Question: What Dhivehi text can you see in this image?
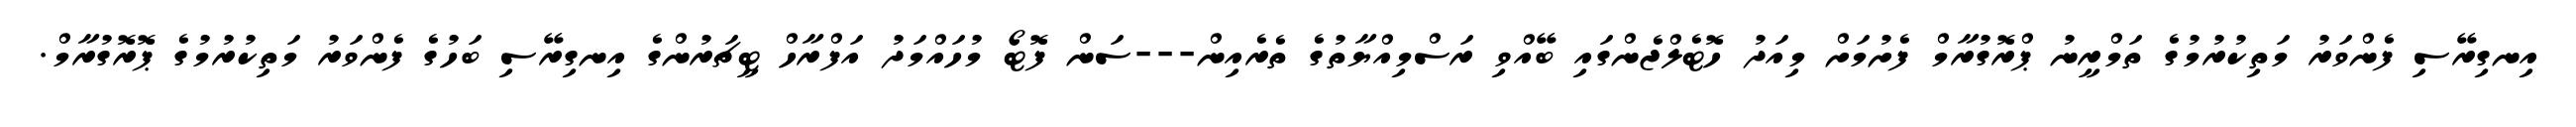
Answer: އިނގިރޭސި ފެންވަރު މަތިކުރުމުގެ ތަމްރީނު ޕްރޮގުރާމް ފެށުމަށް މިއަދު ހޮޓެލްޖެންގައި ބޭއްވި ރަސްމިއްޔާތުގެ ތެރެއިން---ސަން ފޮޓޯ މުހައްމަދު އަފްރާހް ޓީޗަރުންގެ އިނގިރޭސި ބަހުގެ ފެންވަރު މަތިކުރުމުގެ ޕޮރޮގުރާމް.